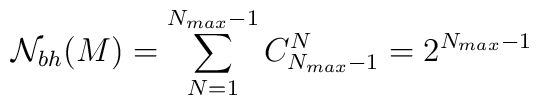
{\cal N}_{bh}(M) = \sum_{N=1}^{N_{max}-1} C^{N}_{N_{max}-1}= 2^{N_{max} - 1}